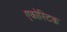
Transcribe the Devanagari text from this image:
एकोस्टिक